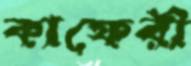
কাফেরী